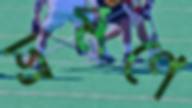
ভ্রমণে